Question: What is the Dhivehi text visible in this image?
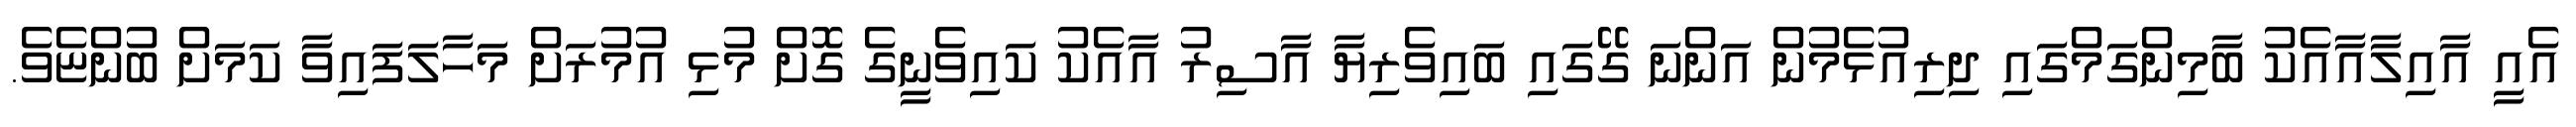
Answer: އެއީ އާއިލާއާއެކު ބާމިންގަމްގައި ދިރިއުޅެމުން އަންނަ ގޭގައި ބައިވެރިޔާ އާސިރު އާއެކު ކައިވެނީގެ ގޮށް މުޅި އުމުރަށް މަހާލަފައިވާ ކަމަށް ބުންޏެވެ.